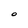
Character: O